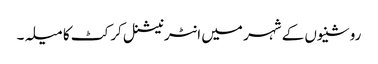
روشنیوں کے شہر میں انٹرنیشنل کرکٹ کا میلہ۔